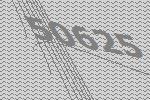
50625